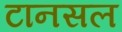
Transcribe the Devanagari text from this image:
टानसल